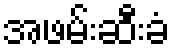
အဖမ်းဆီးခံ